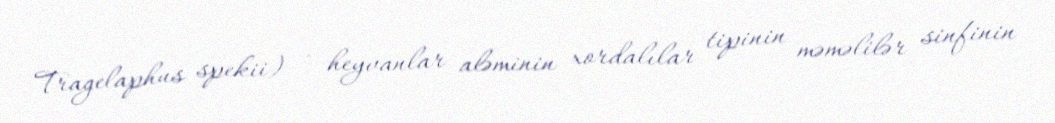
Tragelaphus spekii) — heyvanlar aləminin xordalılar tipinin məməlilər sinfinin